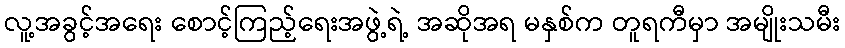
လူ့အခွင့်အရေး စောင့်ကြည့်ရေးအဖွဲ့ရဲ့ အဆိုအရ မနှစ်က တူရကီမှာ အမျိုးသမီး